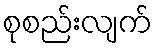
စုစည်းလျက်